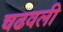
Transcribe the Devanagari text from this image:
चढवली